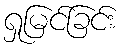
ရှုမြင်ခြင်း